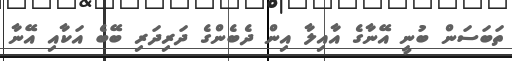
ތަބަސަން ބުނީ އޭނާގެ އާއިލާ އިން ދެބެންގެ ދަރިދަރި ބޭބެ އަކާއި އޭނާ